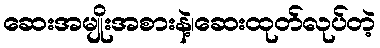
ဆေးအမျိုးအစားနဲ့၊ဆေးထုတ်လုပ်တဲ့